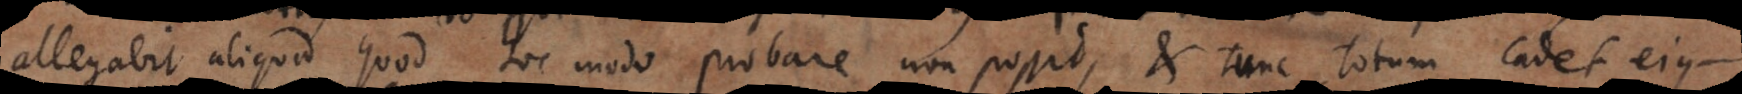
allegabit aliquod quod hoc modo probare non possit, et tunc totum cadet ejus